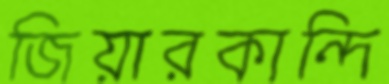
জিয়ারকান্দি